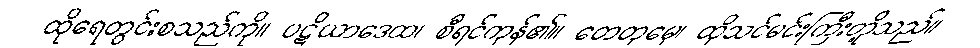
ထိုရေတွင်းစသည်ကို။ ပဋိယာဒေထ၊ စီရင်ကုန်၏။ တေတုမှေ၊ ထိုသင်မင်းကြီးတို့သည်။